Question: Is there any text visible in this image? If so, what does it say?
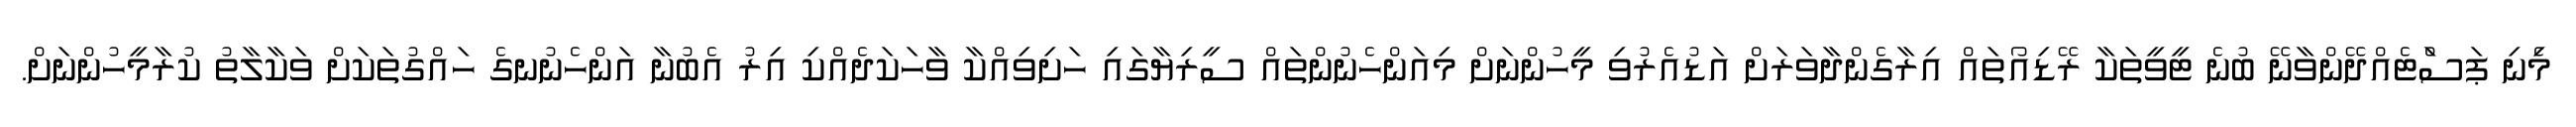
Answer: މިެނި ޕަސަްޓެއްދޭންވާނޭ ބުނެ ޓީވީތަކާ ރޭޑިއޯތައް އިރާގެންދާވަރަށް އަޑުއެރުވި މީހުންނަށް މިއަންހެނުންތައް ސީރިޔާގައި ހަށިވިއްކާ ވާހަކަދެއްކި އިރު އެބުނާ އަންހެނުނގެ ހައްގުތަކަށް ވަކާލާތު ކުރާމީހުންނަށް.